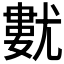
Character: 𡰓